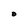
Character: 0